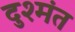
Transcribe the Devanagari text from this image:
दुश्मंत